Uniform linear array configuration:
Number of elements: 16
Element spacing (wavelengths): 1
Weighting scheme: cosine
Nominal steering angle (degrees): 45
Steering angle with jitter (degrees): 44.009
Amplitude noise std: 0.05
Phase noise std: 0.05

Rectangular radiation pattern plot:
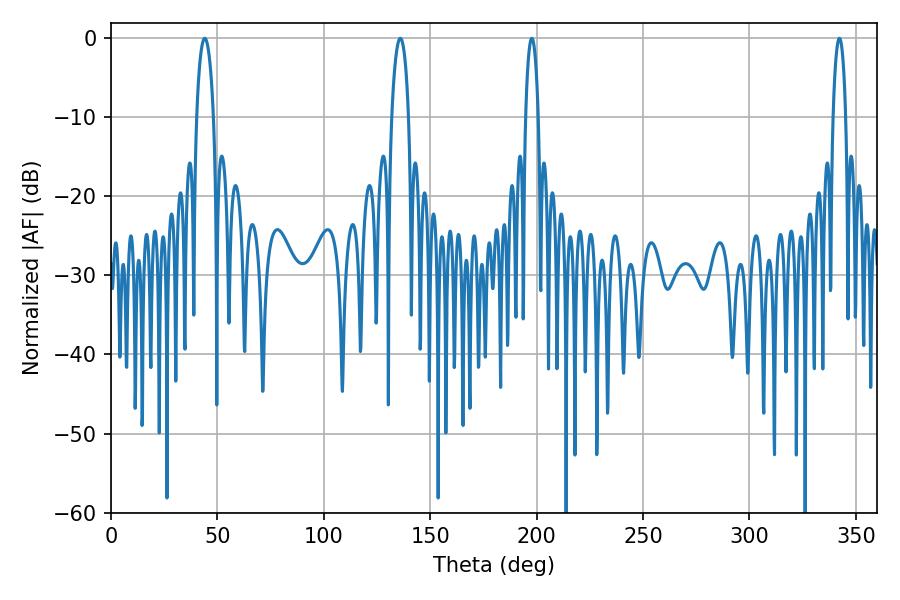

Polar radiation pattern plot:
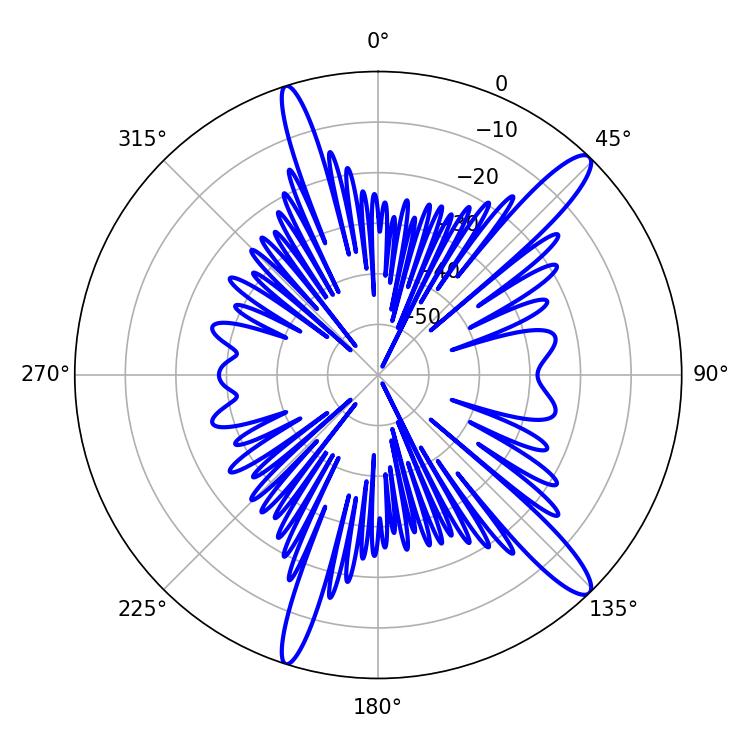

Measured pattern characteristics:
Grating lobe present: TRUE
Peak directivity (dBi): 13.879
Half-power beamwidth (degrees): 4.32
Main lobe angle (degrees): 135.9